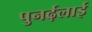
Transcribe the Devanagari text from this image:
पुनर्ढ़लाई